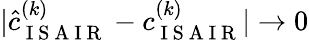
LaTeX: |\hat{c}_{\mathrm{~I~S~A~I~R~}}^{(k)}-c_{\mathrm{~I~S~A~I~R~}}^{(k)}|\to 0